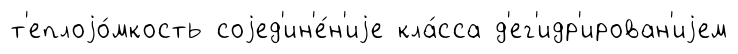
т'еплоjо́мкость соjед'ин'е́н'иjе кла́сса д'ег'идр'ирован'иjем